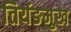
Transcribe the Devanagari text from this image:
तिर्यङमुख